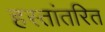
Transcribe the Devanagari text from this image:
हस्‍तांतरित